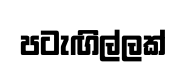
පටැඟිල්ලක්